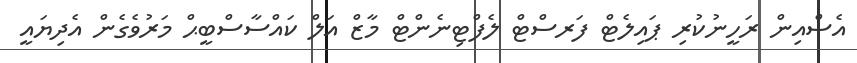
އެސްއިން ރަހީނުކުރި ޕައިލެޓް ފަރސްޓް ލެފްޓިނެންޓް މާޒް އަލް ކައްސާސްބީޙް މަރުވެގެން އެދިޔައީ